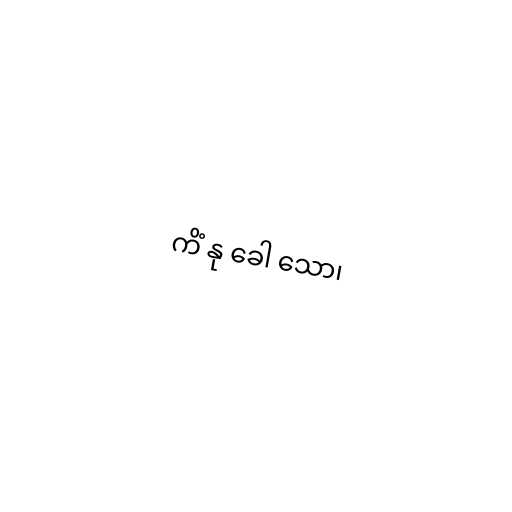
ကိံ နု ခေါ သော၊